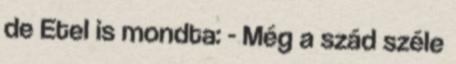
de Etel is mondta: - Még a szád széle